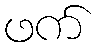
ဖက်